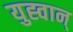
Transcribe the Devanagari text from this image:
युह्वान्